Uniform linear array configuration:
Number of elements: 16
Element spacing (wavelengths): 1
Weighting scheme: kaiser
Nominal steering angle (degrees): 60
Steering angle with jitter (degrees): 60.69
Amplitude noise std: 0.05
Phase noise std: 0.05

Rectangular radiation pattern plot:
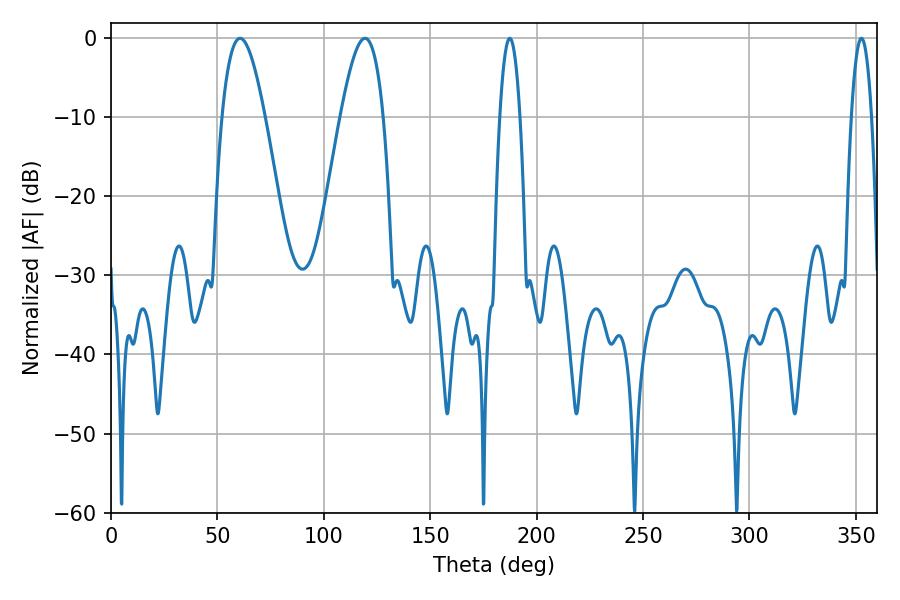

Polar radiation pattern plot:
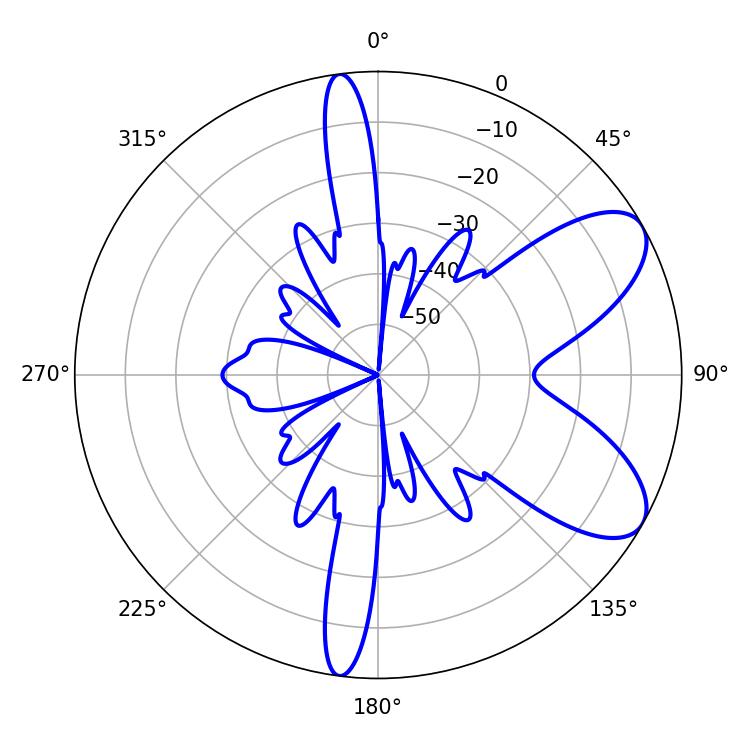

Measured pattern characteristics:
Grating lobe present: TRUE
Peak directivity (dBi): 7.716
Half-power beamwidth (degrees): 5.22
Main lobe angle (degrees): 187.38